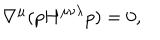
LaTeX: \nabla ^ { \mu } ( p H ^ { \mu \nu \lambda } p ) = 0 ,